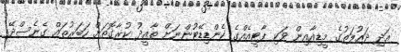
އަދި ދައުލަތުގެ މީޑިއާއިން ވަކި ޕާޓީއެއްގެ ކެންޑިޑޭޓުންނަށް ތާއީދު ކުރާގޮތަށް ހަބަރުތައް ގެނެސްދޭ